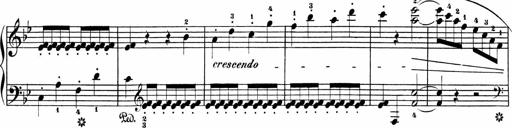
Title: Sonatinen Op.47, 98 und 136, nebst 6 Liedersonatinen
Composer: Carl Reinecke